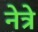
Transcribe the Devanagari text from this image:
नेत्रे